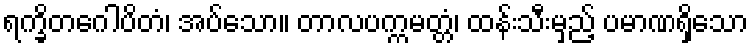
ရက္ခိတဂေါပိတံ၊ အပ်သော။ တာလပက္ကမတ္တံ၊ ထန်းသီးမှည့် ပမာဏရှိသော